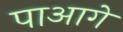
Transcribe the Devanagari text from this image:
पाआगे